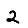
Digit: 2